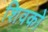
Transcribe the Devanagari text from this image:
शिवको